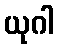
ယုဂါ